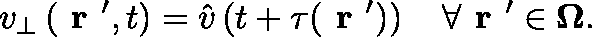
v _ { \bot } \left( \textbf { r } ^ { \prime } , t \right) = \hat { v } \left( t + \tau ( \textbf { r } ^ { \prime } ) \right) \quad \forall \textbf { r } ^ { \prime } \in \mathbf { \Omega } .